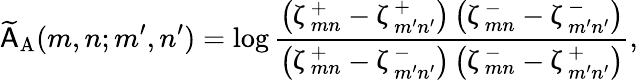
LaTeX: \widetilde{\mathsf{A}}_{\mathrm{A}}(m,n;m^{\prime},n^{\prime})=\log\frac{\left(\upzeta_{mn}^{+}-\upzeta_{m^{\prime}n^{\prime}}^{+}\right)\left(\upzeta_{mn}^{-}-\upzeta_{m^{\prime}n^{\prime}}^{-}\right)}{\left(\upzeta_{mn}^{+}-\upzeta_{m^{\prime}n^{\prime}}^{-}\right)\left(\upzeta_{mn}^{-}-\upzeta_{m^{\prime}n^{\prime}}^{+}\right)},